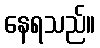
နေရသည်။